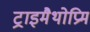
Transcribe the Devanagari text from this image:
ट्राइमैथोप्रिम